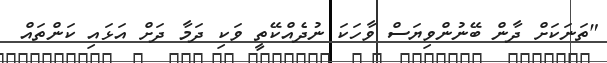
"ތަނަކަށް ދާން ބޭނުންވިޔަސް ވާހަކަ ނުދެއްކޭތީ ވަކި ދަމާ ދަށް އަޅައި ކަންތައް